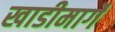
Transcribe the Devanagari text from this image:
खाडीमार्गे